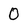
Character: 0